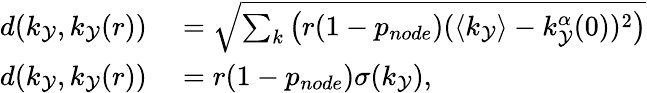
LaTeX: \begin{array}{rl}{d(k_{\mathcal{Y}},k_{\mathcal{Y}}(r))}&{{}=\sqrt{\sum_{k}\left(r(1-p_{node})(\langle k_{\mathcal{Y}}\rangle-k_{\mathcal{Y}}^{\alpha}(0))^{2}\right)}}\\ {d(k_{\mathcal{Y}},k_{\mathcal{Y}}(r))}&{{}=r(1-p_{node})\sigma(k_{\mathcal{Y}}),}\end{array}